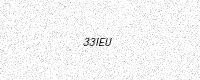
Text: 33IEU